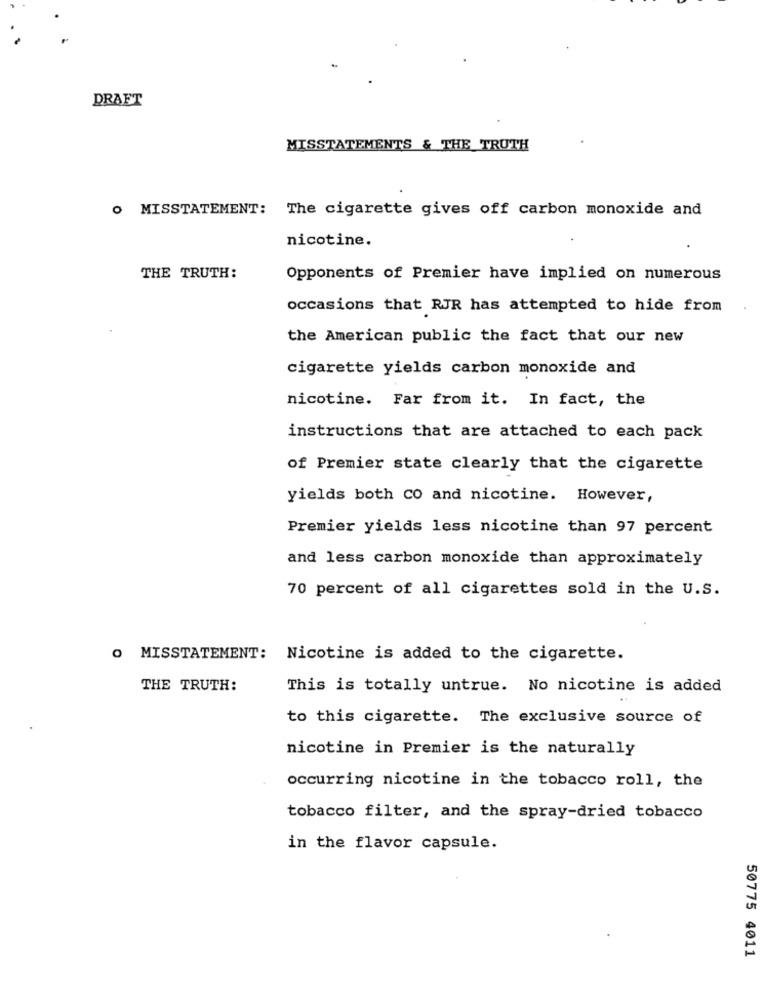
DRAFT
MISSTATEMENTS & THE TRUTH
O MISSTATEMENT: The cigarette gives off carbon monoxide and
nicotine.
THE TRUTH:
Opponents of Premier have implied on numerous
occasions that RJR has attempted to hide from
the American public the fact that our new
cigarette yields carbon monoxide and
nicotine. Far from it. In fact, the
instructions that are attached to each pack
of Premier state clearly that the cigarette
yields both co and nicotine. However,
Premier yields less nicotine than 97 percent
and less carbon monoxide than approximately
70 percent of all cigarettes sold in the U.S.
O MISSTATEMENT: Nicotine is added to the cigarette.
THE TRUTH:
This is totally untrue. No nicotine is added
to this cigarette. The exclusive source of
nicotine in Premier is the naturally
occurring nicotine in the tobacco roll, the
tobacco filter, and the spray-dried tobacco
in the flavor capsule.
50775 4011